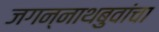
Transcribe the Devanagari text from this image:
जगन्नाथबुवांचा